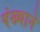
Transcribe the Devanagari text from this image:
पंख्याने